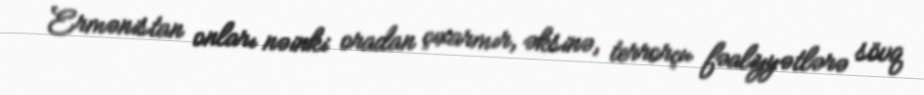
Ermənistan onları nəinki oradan çıxarmır, əksinə, terrorçu fəaliyyətlərə sövq